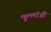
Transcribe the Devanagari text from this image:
पुल्लांजी